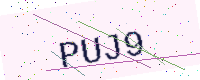
Text: PUJ9